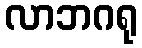
လာဘဂရု